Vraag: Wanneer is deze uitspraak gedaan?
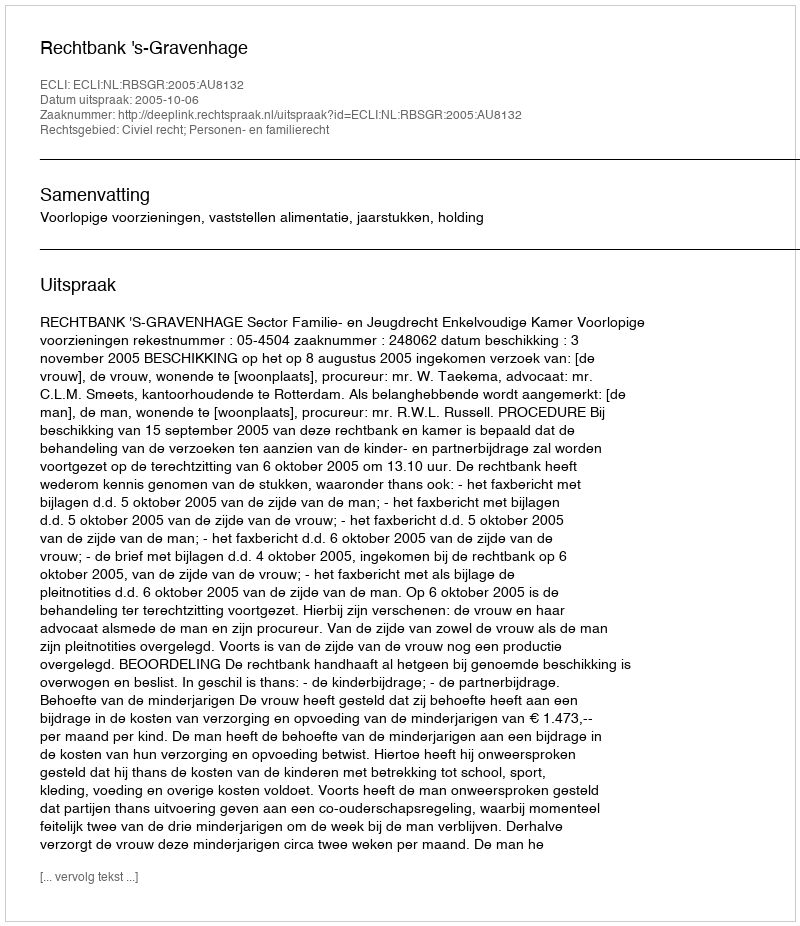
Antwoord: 2005-10-06